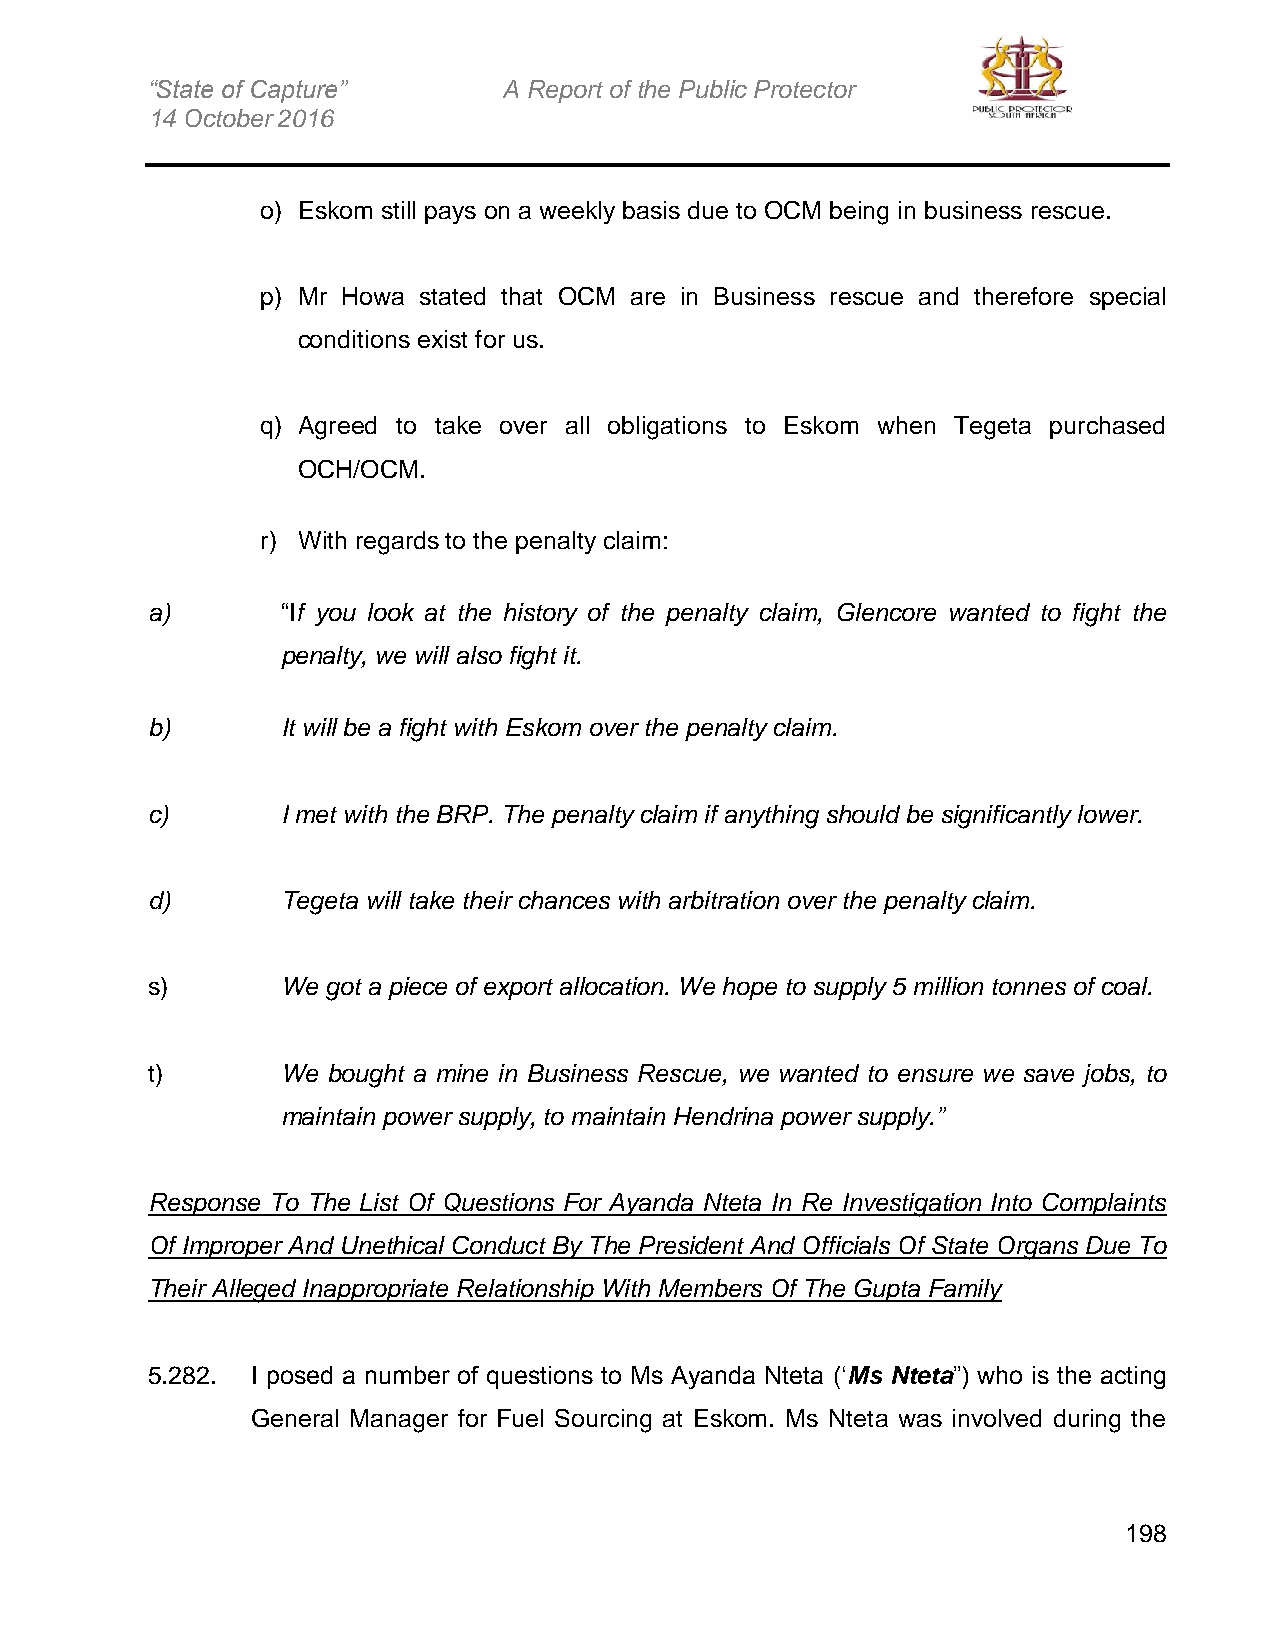
“State of Capture”     A Report of the Public Protector
 14 October 2016
 o) Eskom still pays on a weekly basis due to OCM being in business rescue.
 p) Mr Howa stated that OCM are in Business rescue and therefore special
 conditions exist for us.
 q) Agreed to take over all obligations to Eskom when Tegeta purchased
 OCH/OCM.
 r) With regards to the penalty claim:
 a)       “If you look at the history of the penalty claim, Glencore wanted to fight the
 penalty, we will also fight it.
 b)       It will be a fight with Eskom over the penalty claim.
 c)       I met with the BRP. The penalty claim if anything should be significantly lower.
 d)       Tegeta will take their chances with arbitration over the penalty claim.
 s)       We got a piece of export allocation. We hope to supply 5 million tonnes of coal.
 t)       We bought a mine in Business Rescue, we wanted to ensure we save jobs, to
 maintain power supply, to maintain Hendrina power supply.”
 Response To The List Of Questions For Ayanda Nteta In Re Investigation Into Complaints
 Of Improper And Unethical Conduct By The President And Officials Of State Organs Due To
 Their Alleged Inappropriate Relationship With Members Of The Gupta Family
 5.282. I posed a number of questions to Ms Ayanda Nteta (‘Ms Nteta”) who is the acting
 General Manager for Fuel Sourcing at Eskom. Ms Nteta was involved during the
 198